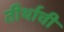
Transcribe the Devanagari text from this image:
तीर्थाची